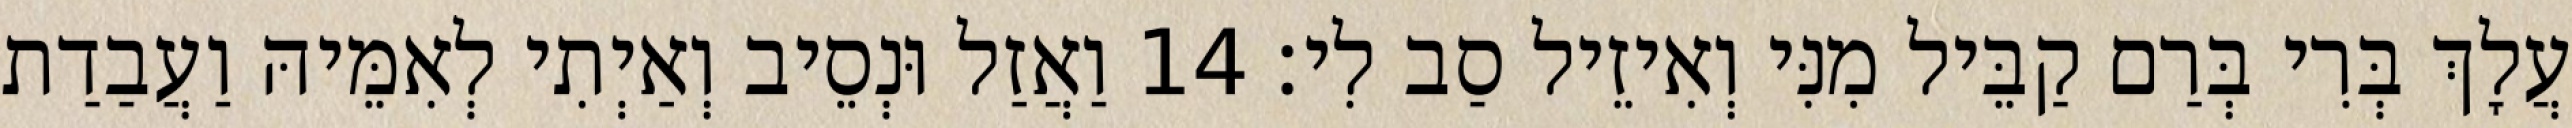
עֲלָךְ בְּרִי בְּרַם קַבֵּיל מִנִּי וְאִיזֵיל סַב לִי׃ 14 וַאֲזַל וּנְסֵיב וְאַיְתִי לְאִמֵּיהּ וַעֲבַדַת